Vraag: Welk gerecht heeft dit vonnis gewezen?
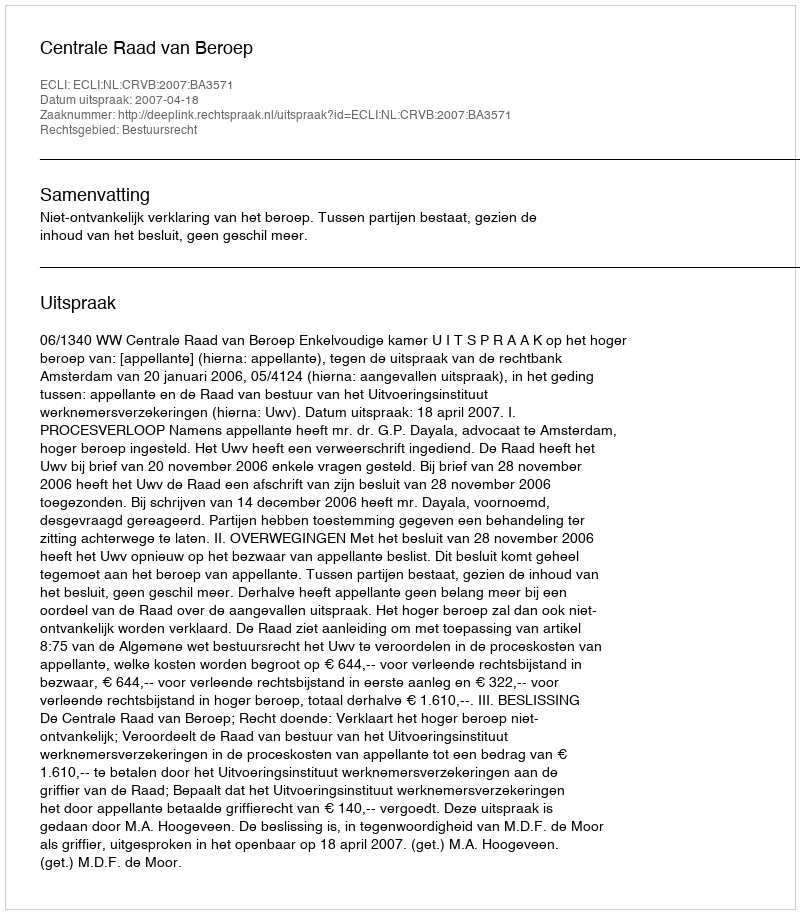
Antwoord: Centrale Raad van Beroep